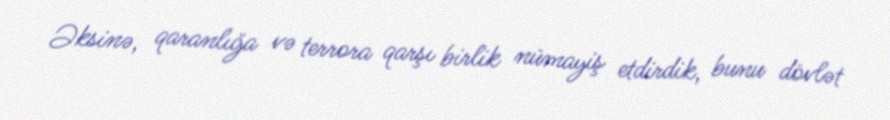
Əksinə, qaranlığa və terrora qarşı birlik nümayiş etdirdik, bunu dövlət